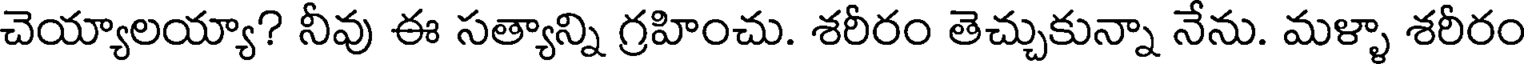
చెయ్యాలయ్యా? నీవు ఈ సత్యాన్ని గ్రహించు. శరీరం తెచ్చుకున్నా నేను. మళ్ళా శరీరం